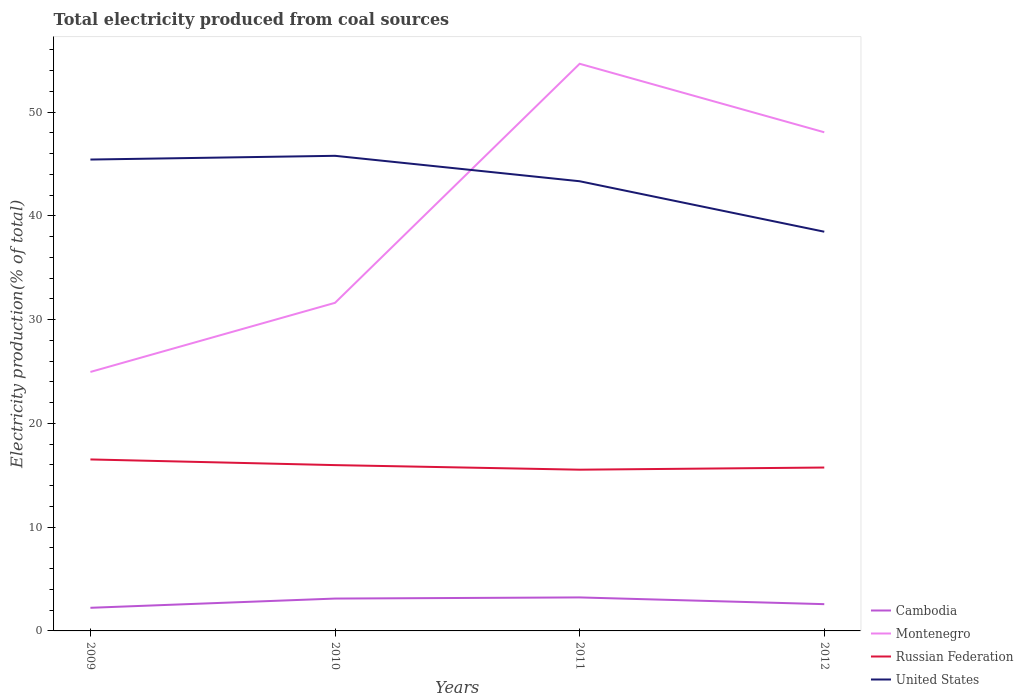
| Years | Cambodia | Montenegro | Russian Federation | United States |
 | --- | --- | --- | --- | --- |
 | 2009 | 2.23 | 25 | 16.5 | 45.4 |
 | 2010 | 3.12 | 31.6 | 16 | 45.8 |
 | 2011 | 3.23 | 54.7 | 15.5 | 43.3 |
 | 2012 | 2.58 | 48.1 | 15.7 | 38.5 |